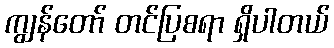
ကျွန်တော် တင်ပြစရာ ရှိပါတယ်